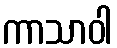
ကာသာဝါ